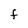
Character: F